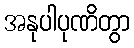
အနုပါပုဏိတွာ